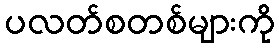
ပလတ်စတစ်များကို